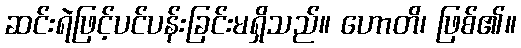
ဆင်းရဲဖြင့်ပင်ပန်းခြင်းမရှိသည်။ ဟောတိ၊ ဖြစ်၏။